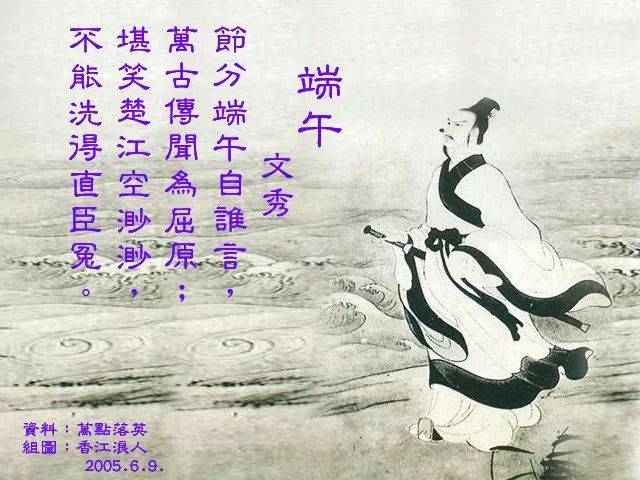
年年端午风兼雨，似为屈原陈昔冤。